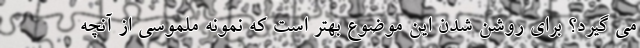
می گیرد؟ برای روشن شدن این موضوع بهتر است که نمونه ملموسی از آنچه